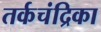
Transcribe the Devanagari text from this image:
तर्कचंद्रिका